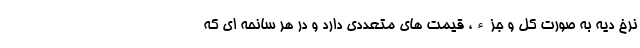
نرخ دیه به صورت کل و جزء، قیمت های متعددی دارد و در هر سانحه ای که